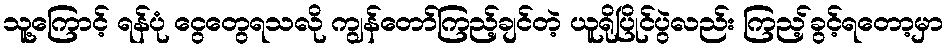
သူ့ကြောင့် ရန်ပုံ ငွေတွေရသလို ကျွန်တော်ကြည့်ချင်တဲ့ ယူရိုပြိုင်ပွဲလည်း ကြည့်ခွင့်ရတော့မှာ